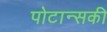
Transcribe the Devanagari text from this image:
पोटान्सकी